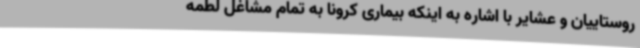
روستاییان و عشایر با اشاره به اینکه بیماری کرونا به تمام مشاغل لطمه